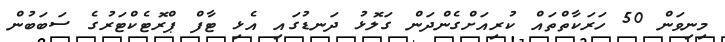
މިނިވަން 50 ހަރަކާތްތައް ކުރިއަށްގެންދަން ގަލޮޅު ދަނޑުގައި އެޅި ޓާފް ޕްރޮޓެކްޓަރުގެ ސަބަބުން